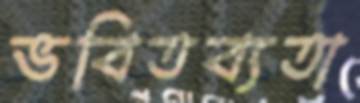
ভবিতব্যতা